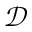
\mathcal { D }